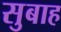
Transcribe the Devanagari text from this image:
सुबाह